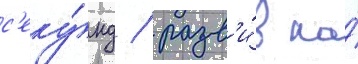
с'еку́нд / разв'и́в на́